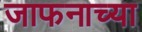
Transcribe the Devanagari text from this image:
जाफनाच्या